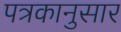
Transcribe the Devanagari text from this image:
पत्रकानुसार